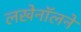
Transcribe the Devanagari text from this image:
लखेनॉलने